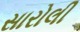
સારોલી